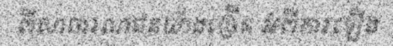
ពីសាធារណជនយ៉ាងច្រើន អំពីការឡើង